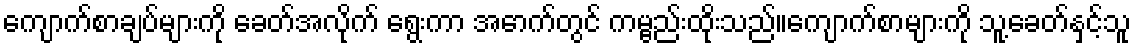
ကျောက်စာချပ်များကို ခေတ်အလိုက် ရွေးကာ အောက်တွင် ကမ္ဗည်းထိုးသည်။ကျောက်စာများကို သူ့ခေတ်နှင့်သူ